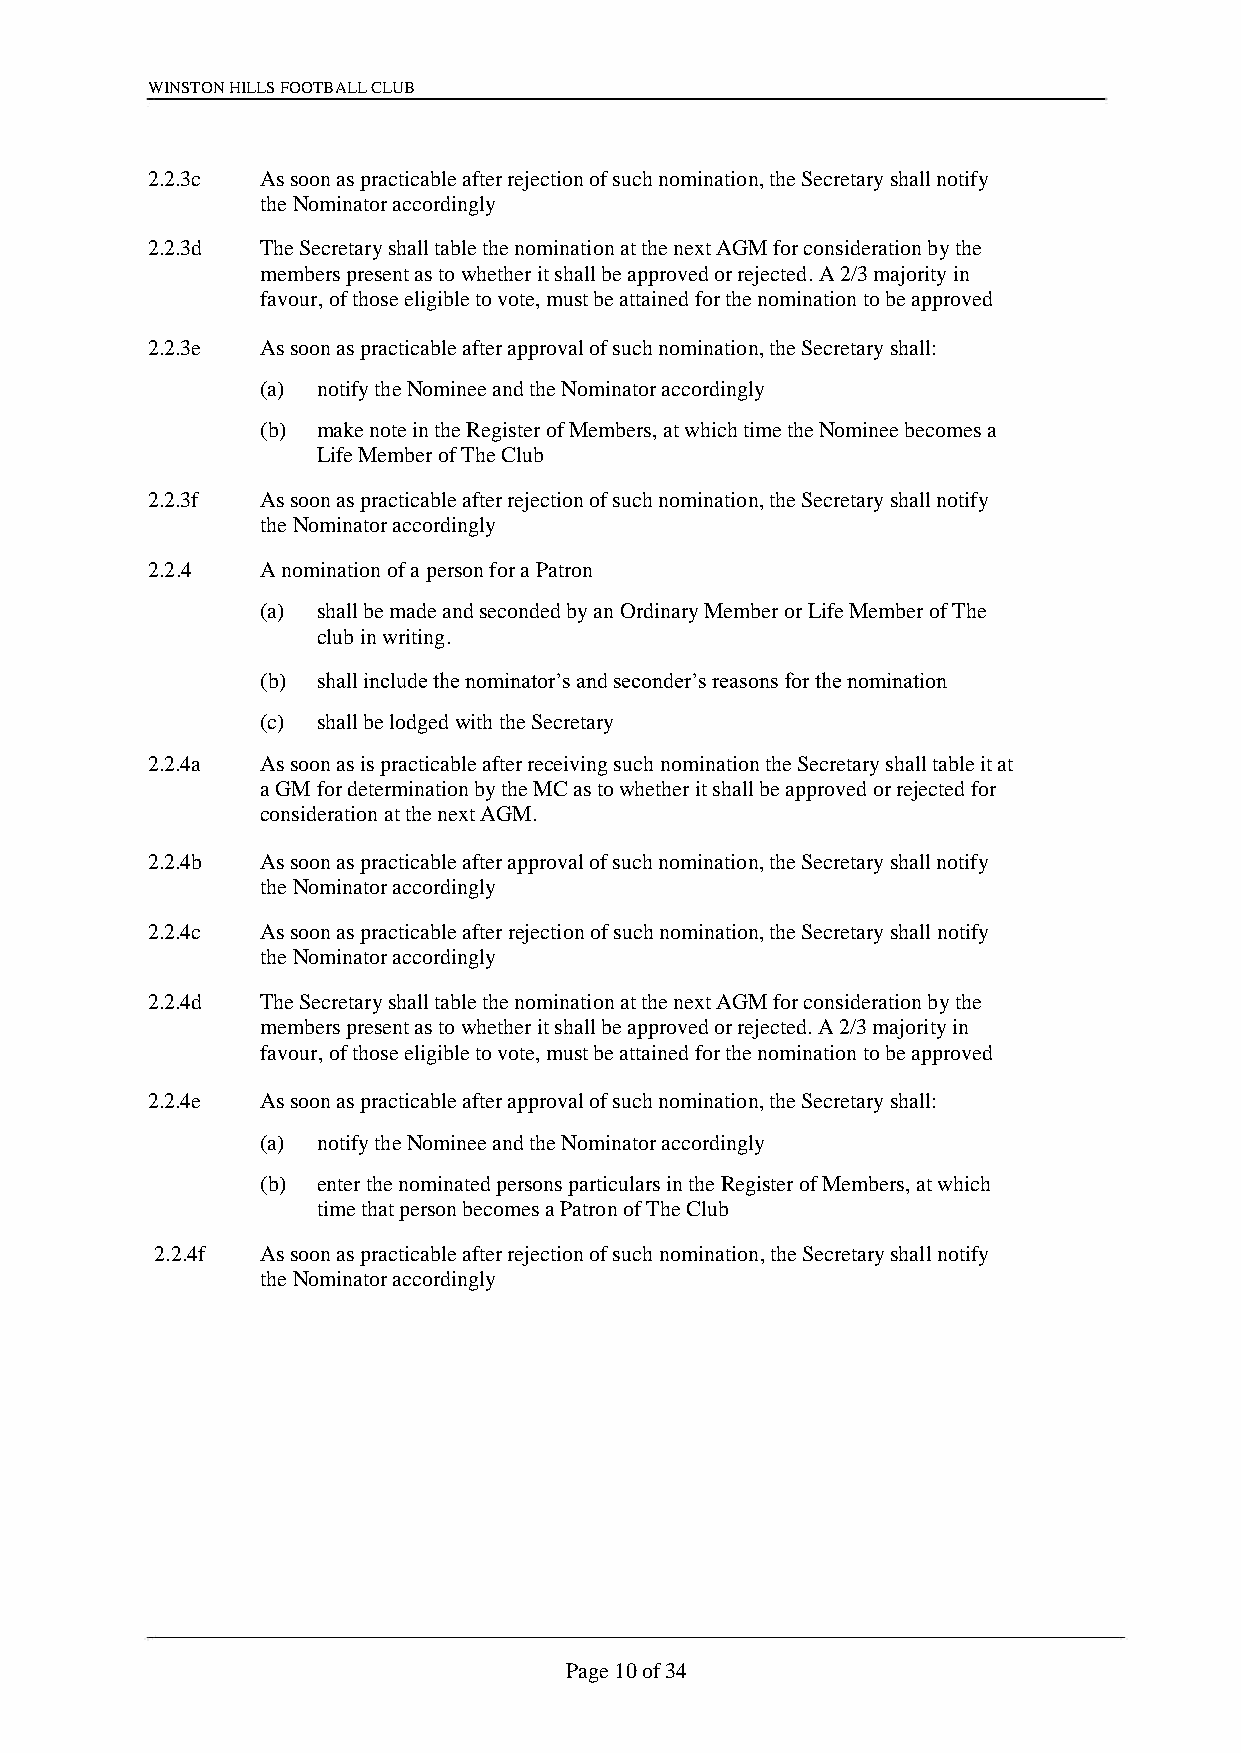
WINSTON HILLS FOOTBALL CLUB
 2.2.3c As soon as practicable after rejection of such nomination, the Secretary shall notify
 the Nominator accordingly
 2.2.3d The Secretary shall table the nomination at the next AGM for consideration by the
 members present as to whether it shall be approved or rejected. A 2/3 majority in
 favour, of those eligible to vote, must be attained for the nomination to be approved
 2.2.3e As soon as practicable after approval of such nomination, the Secretary shall:
 (a) notify the Nominee and the Nominator accordingly
 (b) make note in the Register of Members, at which time the Nominee becomes a
 Life Member of The Club
 2.2.3f As soon as practicable after rejection of such nomination, the Secretary shall notify
 the Nominator accordingly
 2.2.4  A nomination of a person for a Patron
 (a) shall be made and seconded by an Ordinary Member or Life Member of The
 club in writing.
 (b) shall include the nominator’s and seconder’s reasons for the nomination
 (c) shall be lodged with the Secretary
 2.2.4a As soon as is practicable after receiving such nomination the Secretary shall table it at
 a GM for determination by the MC as to whether it shall be approved or rejected for
 consideration at the next AGM.
 2.2.4b As soon as practicable after approval of such nomination, the Secretary shall notify
 the Nominator accordingly
 2.2.4c As soon as practicable after rejection of such nomination, the Secretary shall notify
 the Nominator accordingly
 2.2.4d The Secretary shall table the nomination at the next AGM for consideration by the
 members present as to whether it shall be approved or rejected. A 2/3 majority in
 favour, of those eligible to vote, must be attained for the nomination to be approved
 2.2.4e As soon as practicable after approval of such nomination, the Secretary shall:
 (a) notify the Nominee and the Nominator accordingly
 (b) enter the nominated persons particulars in the Register of Members, at which
 time that person becomes a Patron of The Club
 2.2.4f As soon as practicable after rejection of such nomination, the Secretary shall notify
 the Nominator accordingly
 Page 10 of 34